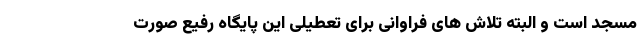
مسجد است و البته تلاش های فراوانی برای تعطیلی این پایگاه رفیع صورت